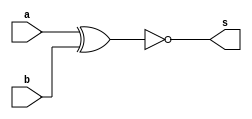
// -------------------------
// Exercicio03
// Nome: Rayan Darwin
// -------------------------

module xnorgate(output s, input a, input b);
 assign s = ~(a ^ b);
endmodule

module teste;
 reg x,y;
 wire z;
 
 xnorgate XNOR1 (z,x,y);
 
 initial begin
  x=0; y=0;
  $display("Teste\nx y z");
  $monitor("%b %b %b",x,y,z);
  
  #1 x=0; y=1;
  #1 x=1; y=0;
  #1 x=1; y=1;
 end
 
endmodule